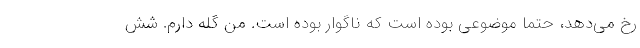
رخ می‌دهد، حتما موضوعی بوده است که ناگوار بوده است. من گله دارم. شش